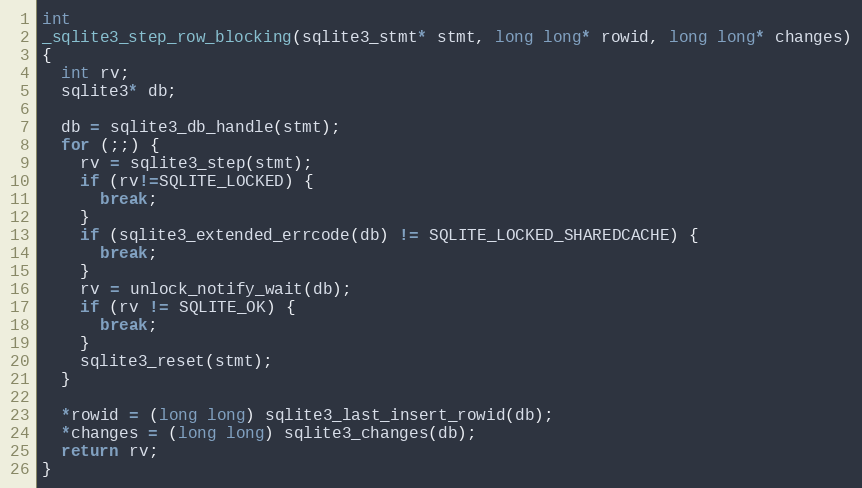
Language: C
int
_sqlite3_step_row_blocking(sqlite3_stmt* stmt, long long* rowid, long long* changes)
{
  int rv;
  sqlite3* db;

  db = sqlite3_db_handle(stmt);
  for (;;) {
    rv = sqlite3_step(stmt);
    if (rv!=SQLITE_LOCKED) {
      break;
    }
    if (sqlite3_extended_errcode(db) != SQLITE_LOCKED_SHAREDCACHE) {
      break;
    }
    rv = unlock_notify_wait(db);
    if (rv != SQLITE_OK) {
      break;
    }
    sqlite3_reset(stmt);
  }

  *rowid = (long long) sqlite3_last_insert_rowid(db);
  *changes = (long long) sqlite3_changes(db);
  return rv;
}